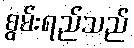
စွမ်းရည်သည်